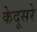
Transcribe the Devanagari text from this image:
केदूसरे